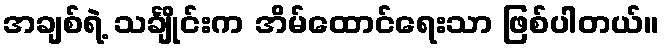
အချစ်ရဲ့ သင်္ချိုင်းက အိမ်ထောင်ရေးသာ ဖြစ်ပါတယ်။